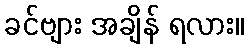
ခင်ဗျား အချိန် ရလား။